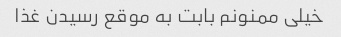
خیلی ممنونم بابت به موقع رسیدن غذا